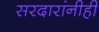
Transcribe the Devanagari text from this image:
सरदारांनीही